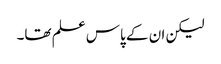
لیکن ان کے پاس علم تھا۔